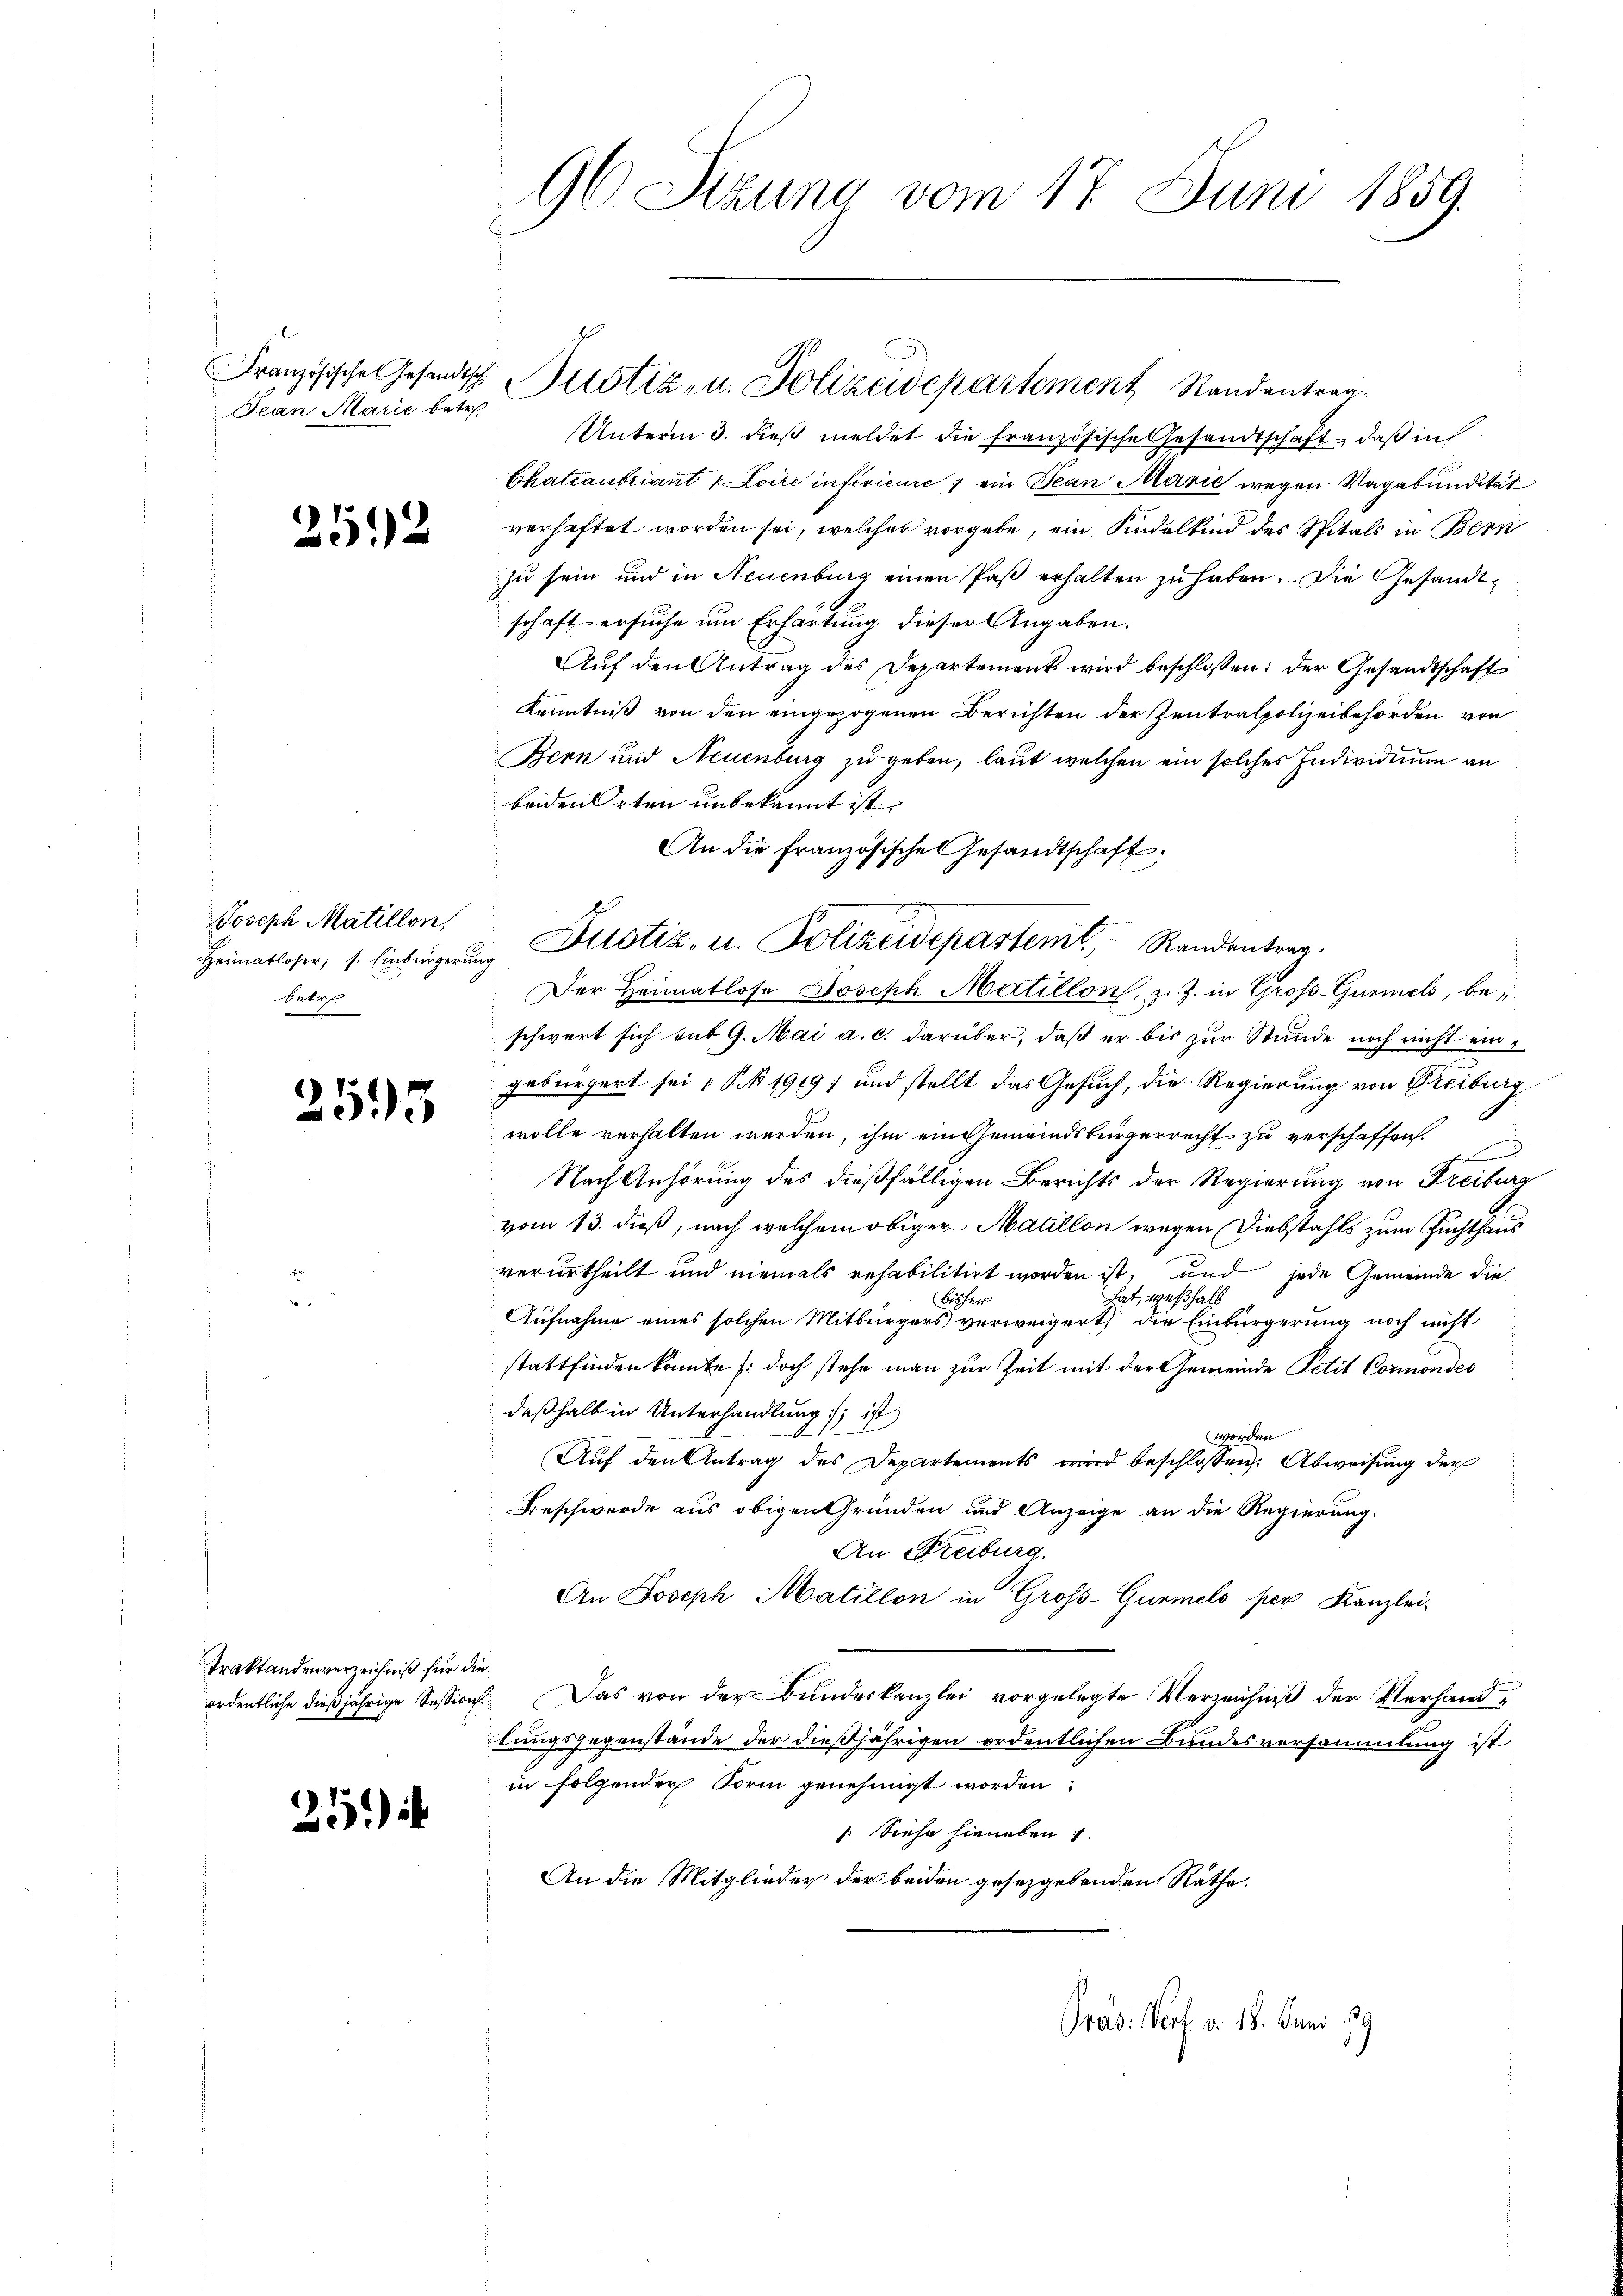
Französische Gesandtsch
Jean Marie betr.

252

Joseph Matillon,
Heimatloser; s. Einbürgerun
betr.

255

Traktandenverzeichniß für die
ordentliche dießjährige Session.

25.)

96. Sizung vom 17. Juni 1859.

Justiz- u. Polizeidepartement Randantrag.

Unterm 3. dieß meldet die französische Gesandtschaft, daß in
Chateaubriant  Loire inférieure 7 ein Jean Marić wegen Vagabundikeit
verhaftet worden sei, welcher vorgebe, ein Kindelkind des Spitals in Bern
zu sein und in Neuenburg einen Paß erhalten zu haben. Die Gesandtschaft ersuche um Erhärtung dieser Angaben.
Aŭf den Antrag des Departement wird beschlossen: der Gesandtschaft
Kenntniß von den eingezogenen Berichten der Zentralpolizeibehörden von
Bern und Neuenburg zu geben, laut welchen ein solches Individium an
beiden Orten unbekannt ist. |
An die französische Gesandtschaft.
Justiz- u. Polizeidepartemt, Randentrag.
Der Heimatlose Joseph Matillon, z. Z. in Gross-Gurmel, beschwert sich sub 9. Mai a. c. darüber, daß er bis zur Stunde noch nicht eingebürgert sei No 1919) und stellt das Gesuch, die Regierung von Freiburg
wolle verhalten werden, ihm ein Gemeindsbürgerrecht zu verschaffen
Nach Anhörung des dießfälligen Berichts der Regierung von Freiburg
vom 13. dieß, nach welchem obiger Matillon wegen Diebstahls zum Zuchthaus
verurtheilt und niemals rehabilitirt worden ist, und jede Gemeinde die
hat, weßhalb
bisher
Aufnahme eines solchen Mitbürgers verweigert, die Einbürgerung noch nicht
stattfinden könnte /: doch stehe man zur Zeit mit der Gemeinde Petit Connondes
deßhalb in Unterhandlung ; ist
worden
Auf den Antrag des Departements wird beschlossen: Abweisung der
Beschwerde aus obigen Gründen und Anzeige an die Regierung.
An Freiburg.
An Joseph Matillon in Groß-Gurmels per Kanzlei-
Das von der Bundeskanzlei vorgelegte Verzeichniß der Verhandlungsgegenstände der dießjährigen ordentlichen Bundesversammlung ist
in folgender Form genehmigt worden
: Siehe hieneben
An die Mitglieder der beiden gesetzgebenden Räthe.

Pras. Wert v. 18. Juni 19.